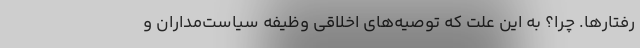
رفتارها. چرا؟ به این علت که توصیه‌های اخلاقی وظیفه سیاست‌مداران و